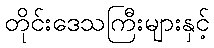
တိုင်းဒေသကြီးများနှင့်